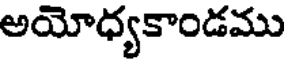
అయోధ్యకాండము